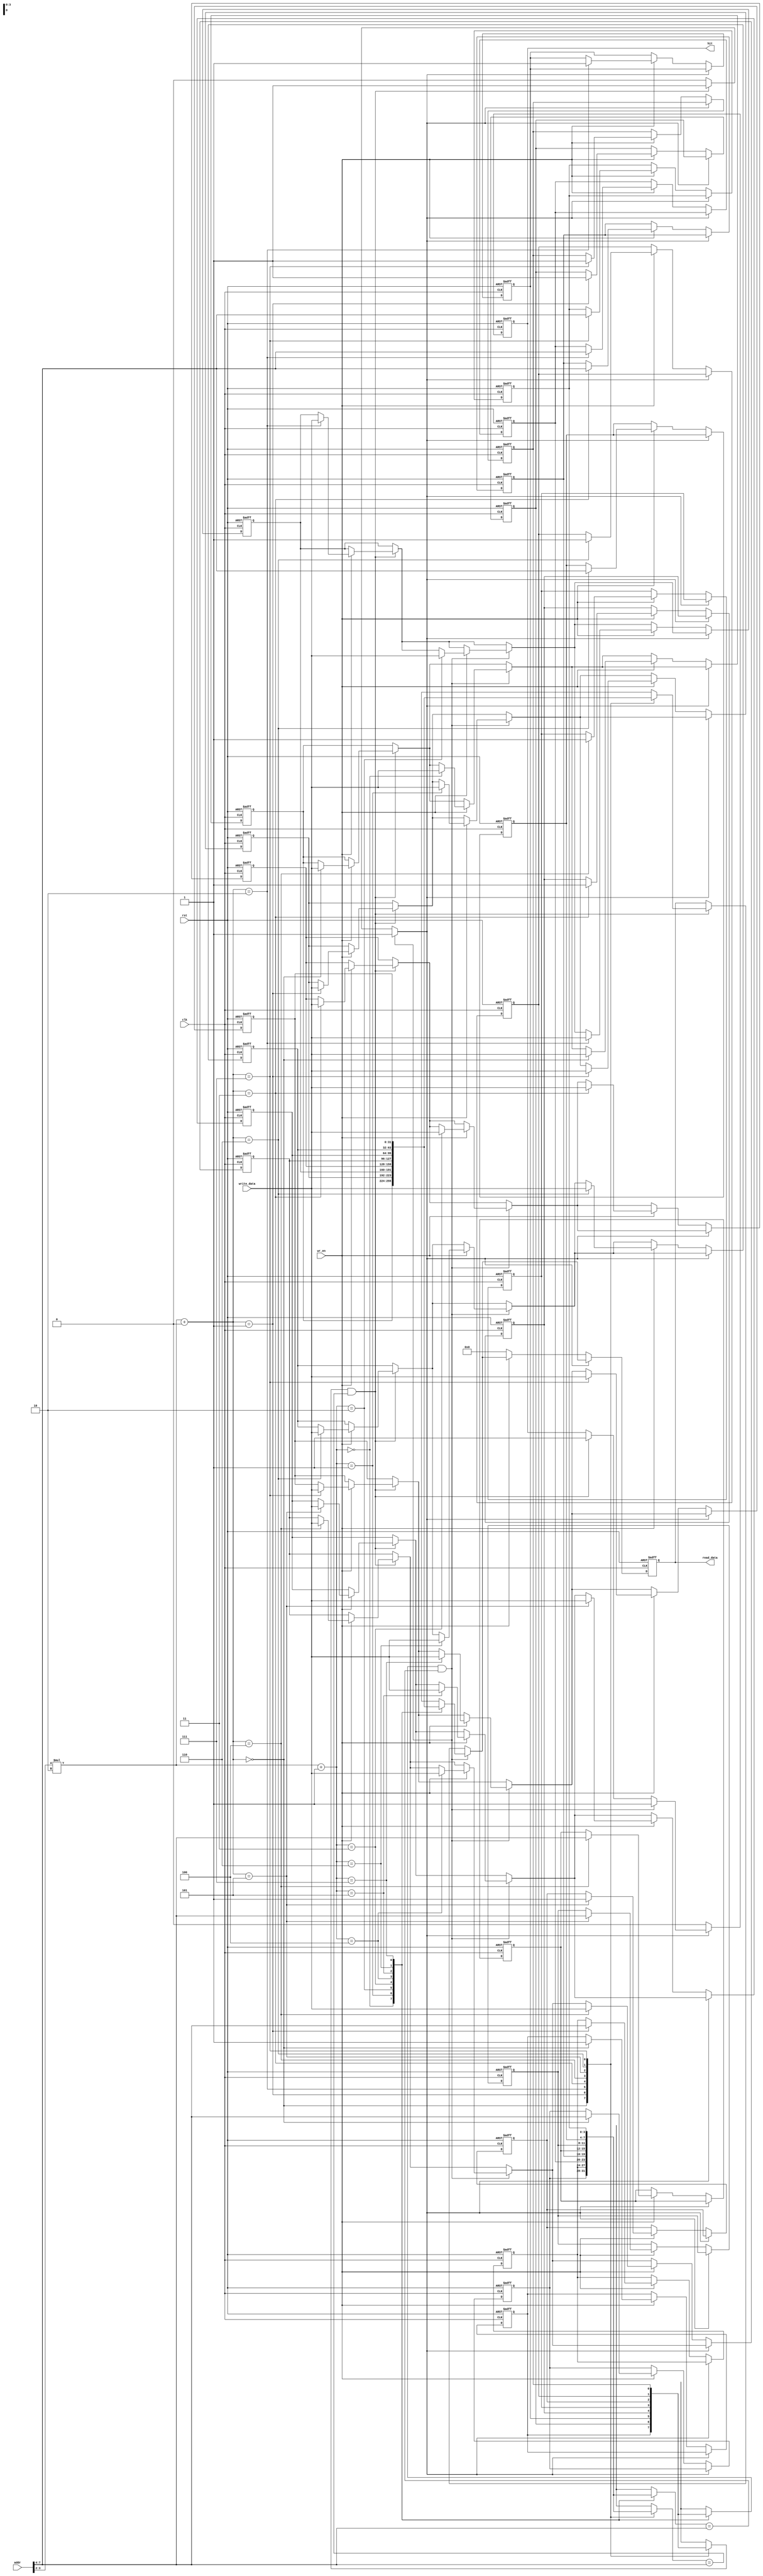
module set_associative_cache #(
    parameter NUM_SETS = 4,          // Number of sets in the cache
    parameter WAY = 2,                // Number of lines per set (associativity)
    parameter BLOCK_SIZE = 4,         // Size of each cache block in bytes
    parameter ADDR_WIDTH = 8,         // Width of the address input
    parameter DATA_WIDTH = 32          // Width of the data input/output
) (
    input wire clk,
    input wire rst,
    input wire [ADDR_WIDTH-1:0] addr,
    input wire wr_en,
    input wire [DATA_WIDTH-1:0] write_data,
    output reg [DATA_WIDTH-1:0] read_data,
    output reg hit
);

    // Address decoding parameters
    localparam SET_INDEX_WIDTH = $clog2(NUM_SETS);
    localparam BLOCK_OFFSET_WIDTH = $clog2(BLOCK_SIZE);
    localparam TAG_WIDTH = ADDR_WIDTH - SET_INDEX_WIDTH - BLOCK_OFFSET_WIDTH;

    // Cache structures
    reg [TAG_WIDTH-1:0] tag_array [0:NUM_SETS-1][0:WAY-1]; // Tag array
    reg [DATA_WIDTH-1:0] data_array [0:NUM_SETS-1][0:WAY-1]; // Data array
    reg valid [0:NUM_SETS-1][0:WAY-1]; // Valid bits
    reg dirty [0:NUM_SETS-1][0:WAY-1]; // Dirty bits

    // Decode the address
    wire [SET_INDEX_WIDTH-1:0] set_index = addr[SET_INDEX_WIDTH + BLOCK_OFFSET_WIDTH - 1:BLOCK_OFFSET_WIDTH];
    wire [BLOCK_OFFSET_WIDTH-1:0] block_offset = addr[BLOCK_OFFSET_WIDTH-1:0];
    wire [TAG_WIDTH-1:0] tag = addr[ADDR_WIDTH-1:SET_INDEX_WIDTH + BLOCK_OFFSET_WIDTH];

    // Cache hit/miss logic
    reg found;
    integer i;

    always @(posedge clk or posedge rst) begin
        if (rst) begin
            // Reset cache
            for (i = 0; i < NUM_SETS; i = i + 1) begin
                valid[i][0] <= 1'b0;
                valid[i][1] <= 1'b0;
                dirty[i][0] <= 1'b0;
                dirty[i][1] <= 1'b0;
                tag_array[i][0] <= {TAG_WIDTH{1'b0}};
                tag_array[i][1] <= {TAG_WIDTH{1'b0}};
                data_array[i][0] <= {DATA_WIDTH{1'b0}};
                data_array[i][1] <= {DATA_WIDTH{1'b0}};
            end
            read_data <= {DATA_WIDTH{1'b0}};
            hit <= 1'b0;
        end else begin
            // Check for hit and read data
            found = 1'b0;
            for (i = 0; i < WAY; i = i + 1) begin
                if (valid[set_index][i] && (tag_array[set_index][i] == tag)) begin
                    // Cache hit
                    read_data <= data_array[set_index][i];
                    hit <= 1'b1;
                    found = 1'b1;

                    // Update dirty bit if write
                    if (wr_en) begin
                        dirty[set_index][i] <= 1'b1; // Mark as dirty
                        data_array[set_index][i] <= write_data; // Write the data
                    end
                end
            end
            
            if (!found) begin
                // Cache miss: Fetch the data (for simplicity, we assume fetch is from main memory)
                hit <= 1'b0;
                if (wr_en) begin
                    // On write miss, we need to perform a write-back if dirty
                    // For this simulation, we assume we just update cache directly
                    // Usually, this would involve a more complex logic with memory
                    data_array[set_index][0] <= write_data; // Example: overwrite the first line
                    tag_array[set_index][0] <= tag; // Update the tag for the first line
                    valid[set_index][0] <= 1'b1; // Set valid
                    dirty[set_index][0] <= 1'b1; // Mark as dirty
                end else begin
                    // On read miss, we would typically fetch data from memory
                    read_data <= {DATA_WIDTH{1'b0}}; // Placeholder for fetched data
                end
            end
        end
    end
endmodule